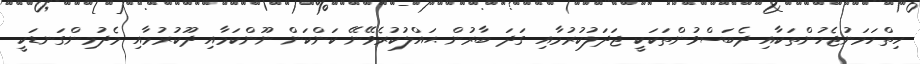
ހިތްހަމަނުޖެހުންތަކާއި ދެބަސްވުންތަކަކީ ޖަދަލުކުރުމާއި ގަދަ ބާރުން ޙައްލުކުރެވޭނޭ ކަންކަން ނޫންކަމާއި ދޫކުރުމާއި މެދުމިންގަނޑަކީ